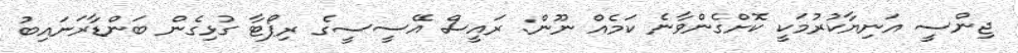
ޖިންސީ އަނިޔާކުރުމަކީ ކޮށްގެންވާނެ ކަމެއް ނޫން: ރައީސް އޭސީސީގެ ރިޕޯޓާ ގުޅިގެން ބަންޑާރަނައިބު